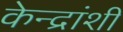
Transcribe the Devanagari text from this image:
केन्द्रांशी